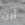
أين